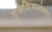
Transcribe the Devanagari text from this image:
गुरूशिष्यसंवाद